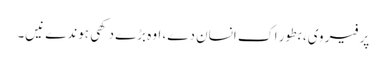
پر فیر وی، بطور اک انسان دے، اوہ بڑے دکھی ہوندے نیں۔